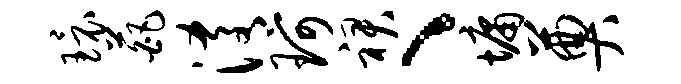
环葩淆珂裙、墉奠